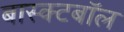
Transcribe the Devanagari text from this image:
बास्क्टबॉल